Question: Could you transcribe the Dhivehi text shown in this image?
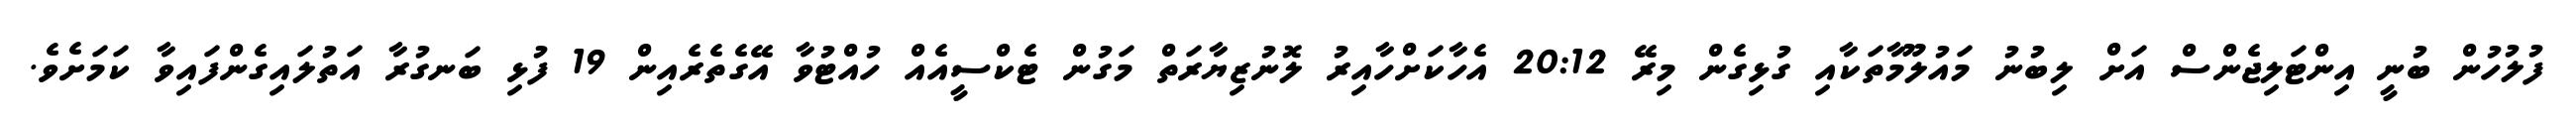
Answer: ފުލުހުން ބުނީ އިންޓަލިޖެންސް އަށް ލިބުނު މައުލޫމާތަކާއި ގުޅިގެން މިރޭ 20:12 އެހާކަށްހާއިރު ލޮނުޒިޔާރަތް މަގުން ޓެކްސީއެއް ހުއްޓުވާ އޭގެތެރެއިން 19 ފުޅި ބަނގުރާ އަތުލައިގެންފައިވާ ކަމަށެވެ.